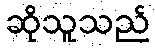
ဆိုသူသည်